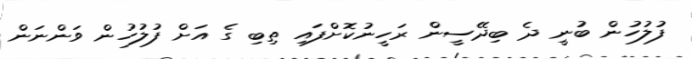
ފުލުހުން ބުނީ ދެ ބިދޭސީން ރަހީނުކޮށްފައި ތިބި ގެ އަށް ފުލުހުން ވަންނަން